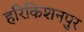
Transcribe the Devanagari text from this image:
हरिकिशनपुर